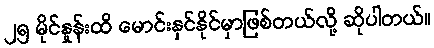
၂၅ မိုင်နှုန်းထိ မောင်းနှင်နိုင်မှာဖြစ်တယ်လို့ ဆိုပါတယ်။